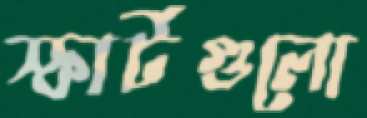
স্কার্টগুলো